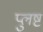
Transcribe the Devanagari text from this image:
प्लुष्टं